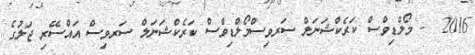
2016  - މޯލްޑިވްސް ކަރެކްޝަނަލް ސަރވިސްމޯލްޑިވްސް ކަރެކްޝަނަލް ސަރވިސް އައްސޭރި ޖަލުގެ